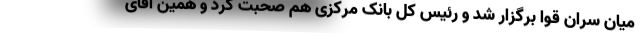
میان سران قوا برگزار شد و رئیس کل بانک مرکزی هم صحبت کرد و همین آقای